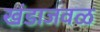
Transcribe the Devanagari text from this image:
खंडाजवळ